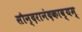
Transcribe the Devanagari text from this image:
सौन्दरानंदकाव्यम्